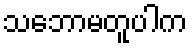
သဘောမတူပါက